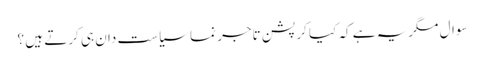
سوال مگریہ ہے کہ کیا کرپشن تاجر نما سیاست دان ہی کرتے ہیں ؟